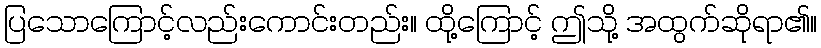
ပြသောကြောင့်လည်းကောင်းတည်း။ ထို့ကြောင့် ဤသို့ အထွက်ဆိုရာ၏။